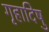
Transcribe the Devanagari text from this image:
गृहादिषु